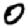
Digit: 0